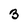
Character: 3